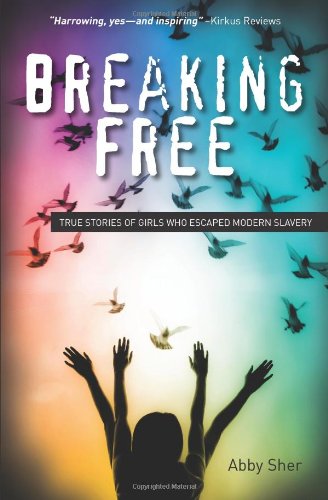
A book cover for Breaking Free: True Stories of Girls Who Escaped Modern Slavery; Abby Sher; Teen & Young Adult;